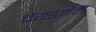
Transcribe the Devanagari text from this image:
चेयरमैंन